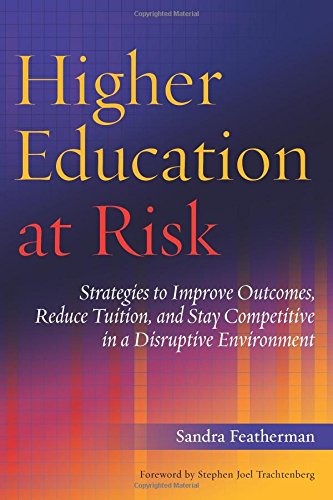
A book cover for Higher Education at Risk: Strategies to Improve Outcomes, Reduce Tuition, and Stay Competitive in a Disruptive Environment; Sandra Featherman; Education & Teaching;